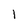
Character: 1